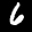
Label: 6